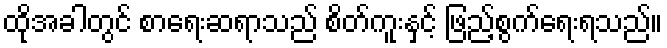
ထိုအခါတွင် စာရေးဆရာသည် စိတ်ကူးနှင့် ဖြည့်စွက်ရေးရသည်။